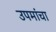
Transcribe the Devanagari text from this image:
उपमांचा